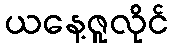
ယနေ့ဇူလိုင်